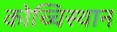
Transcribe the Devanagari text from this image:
कोच्चिस्थान